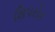
શિપરોક